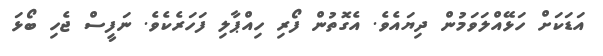
އަޑަކަށް ހަޅޭއްލަވަމުން ދިޔައެވެ. އެގޮތުން ފޯރި ހިއްޕާލި ފަހަރެކެވެ. ނަފީސް ޖެހި ބޯޅަ